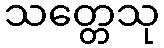
သတ္တေသု